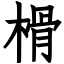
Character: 榾